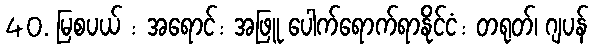
40. မြစပယ် : အရောင်: အဖြူ ပေါက်ရောက်ရာနိုင်ငံ: တရုတ်၊ ဂျပန်